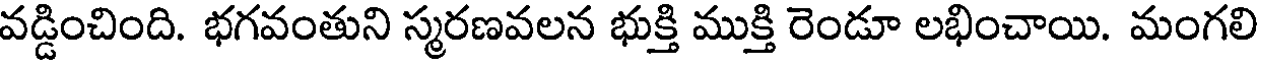
వడ్డించింది. భగవంతుని స్మరణవలన భుక్తి ముక్తి రెండూ లభించాయి. మంగలి